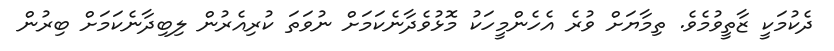
ދެކުމަކީ ޒާތީވުމެވެ. ތިމާޔަށް ވުރެ އެހެންމީހަކު މޮޅުވެދާނެކަމަށް ނުވަތަ ކުރިއެރުން ލިބިދާނެކަމަށް ބިރުން